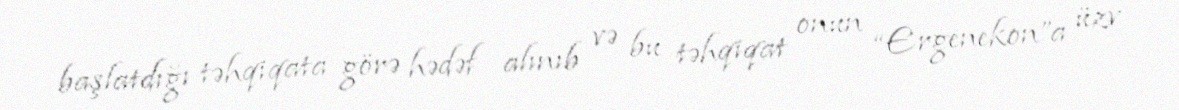
başlatdığı təhqiqata görə hədəf alınıb və bu təhqiqat onun “Ergenekon”a üzv